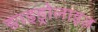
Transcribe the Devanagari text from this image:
ङाइड्रोलाइज़